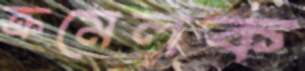
ক্রমেলক